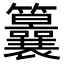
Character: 𥸒